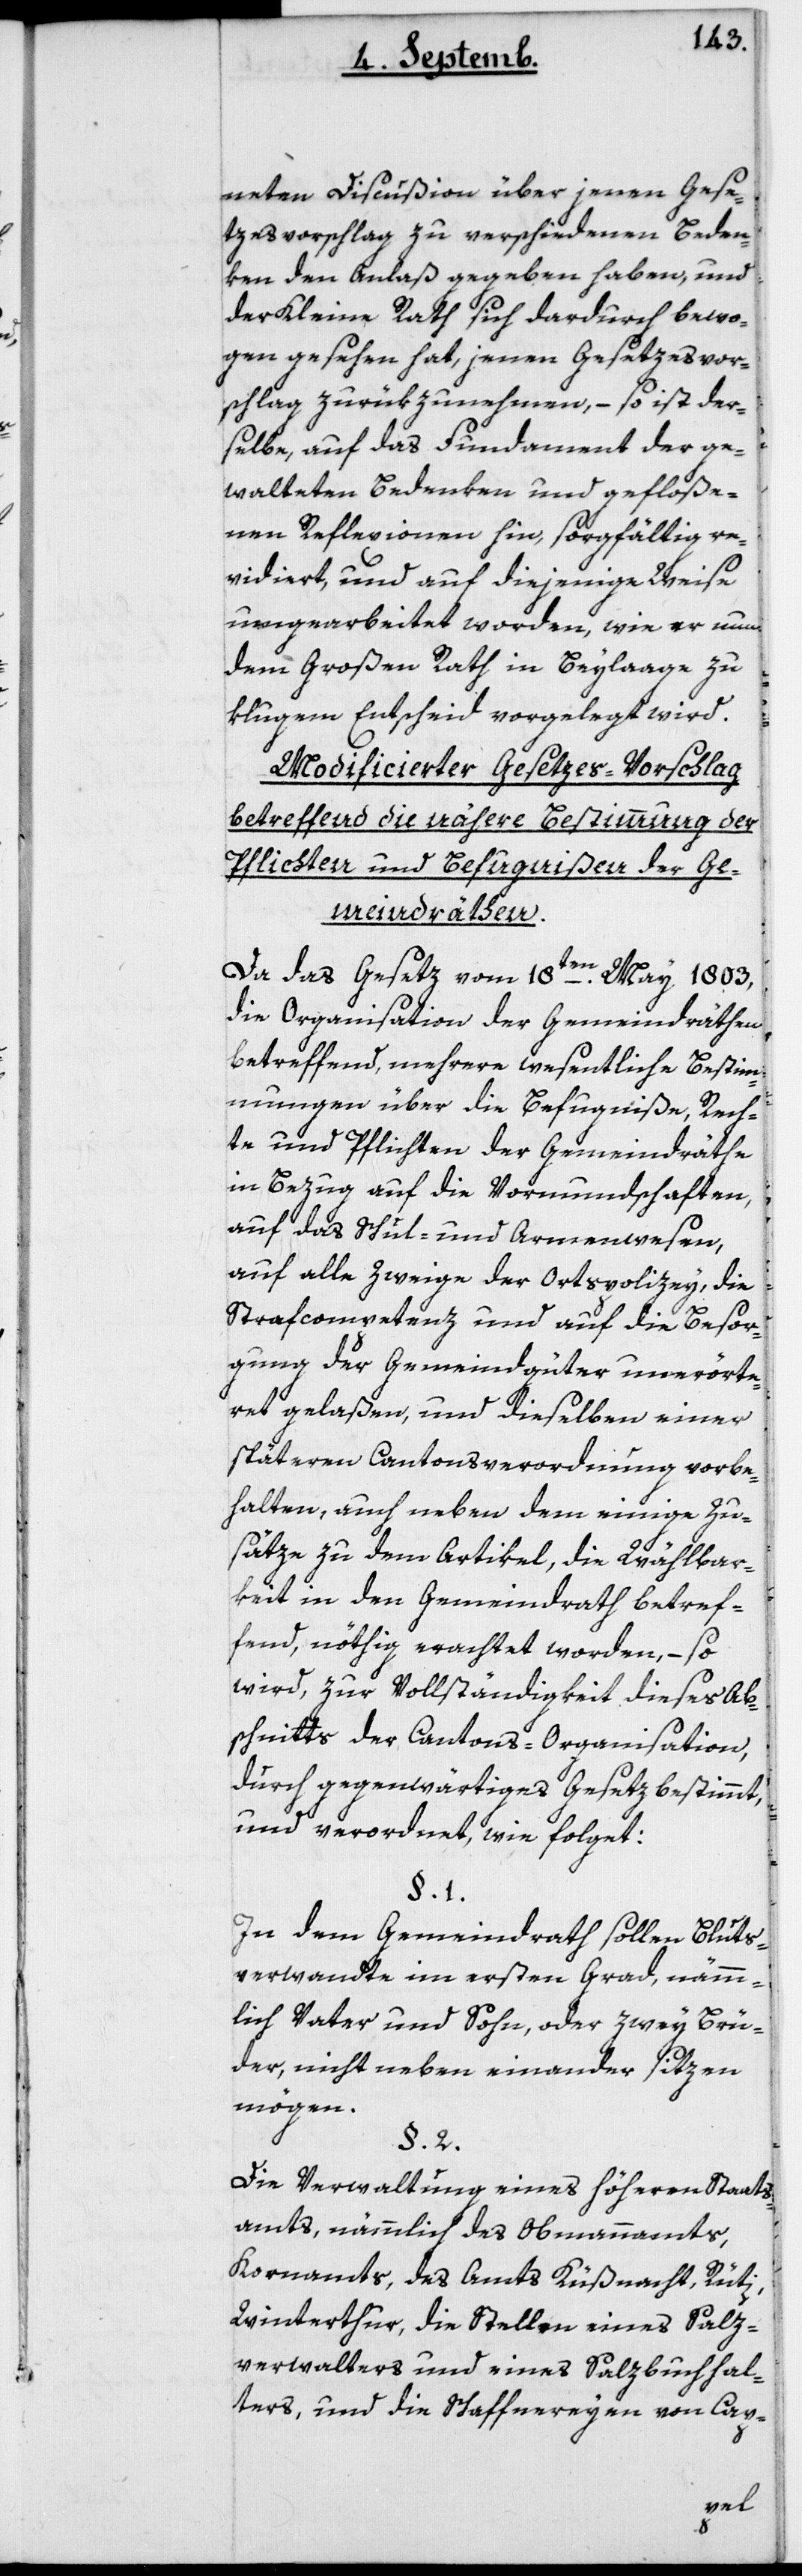
neten Discußion über jenen Gese¬
tzesvorschlag zu verschiedenen Beden¬
ken den Anlaß gegeben haben, und
der Kleine Rath sich dardurch bewo¬
gen gesehen hat, jenen Gesetzesvor¬
schlag zurükzunehmen, – so ist der¬
selbe, auf das Fundament der ge¬
walteten Bedenken und gefloße¬
nen Reflexionen hin, sorgfältig re¬
vidiert, und auf diejenige Weise
umgearbeitet worden, wie er nun
dem Großen Rath in Beylage zu
klugem Entscheid vorgelegt wird.
Modificierter Gesetzes-Vorschlag
betreffend die nähere Bestimmung der
Pflichten und Befugnißen der Ge¬
meindräthen.
Da das Gesetz vom 18ten May 1803,
die Organisation der Gemeindräthen
betreffend, mehrere wesentliche Bestim¬
mungen über die Befugniße, Rech¬
te und Pflichten der Gemeindräthe
in Bezug auf die Vormundschaften,
auf das Schul- und Armenwesen,
auf alle Zweige der Ortspolicey, die
Strafcompetenz und auf die Besor¬
gung der Gemeindgüter unerörte¬
ret gelaßen, und dieselben einer
späteren Cantonsverordnung vorbe¬
halten, auch neben dem einige Zu¬
säze zu dem Artikel, die Wählbar¬
keit in den Gemeindrath betref¬
fend, nöthig erachtet worden, – so
wird, zur Vollständigkeit dieses Ab¬
schnitts der Cantons-Organisation,
durch gegenwärtiges Gesetz bestimmt,
und verordnet, wie folget:
In dem Gemeindrath sollen Bluts¬
verwandte im ersten Grad, nämm¬
lich Vater und Sohn oder zwey Brü¬
der, nicht neben einander sitzen
mögen.
Die Verwaltung eines höheren Staats¬
amts, nämmlich des Obmannamts,
Kornamts, des Amts Küßnacht, Rüti,
Winterthur, die Stellen eines Salz¬
verwalters und eines Salzbuchhal¬
ters, und die Schaffnereyen von Cap-